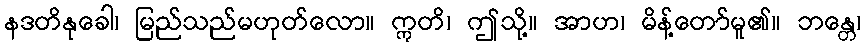
နဒတိနုခေါ၊ မြည်သည်မဟုတ်လော။ ဣတိ၊ ဤသို့။ အာဟ၊ မိန့်တော်မူ၏။ ဘန္တေ၊